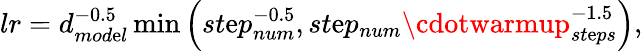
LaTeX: lr=d_{mod\mathrm{e}l}^{-0.5}\operatorname*{min}\left(st\mathrm{e}p_{num}^{-0.5},st\mathrm{e}p_{num}\cdotwarmup_{st\mathrm{e}ps}^{-1.5}\right),